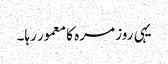
یہی روز مرہ کا معمور رہا۔